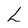
Character: L